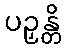
ပဉှန္တိ